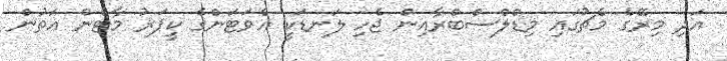
އަދި މިރޭގެ މެޗުގައި މިޑްލްސްބްރާއިން ޖެހި ލަނޑަކީ އެވަޓަންގެ ކީޕަރު މާޓެން އަތުން